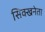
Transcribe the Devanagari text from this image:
सिक्खनेता